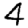
Digit: 4